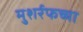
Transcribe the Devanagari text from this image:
मुशर्रफच्या